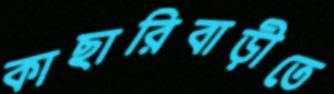
কাছারিবাড়ীতে